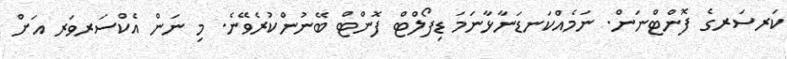
ކަރސަރގެ ފޮންޓްނަން. ނަމެއްކަނޑަނާޅާނަމަ ޑިފޯލްޓް ފޮންޓް ބޭނުންކުރެވޭނެ. މި ނަން އެކްސަރވަރ އަށް